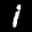
Digit: 1